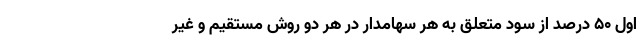
اول ۵۰ درصد از سود متعلق به هر سهامدار در هر دو روش مستقیم و غیر